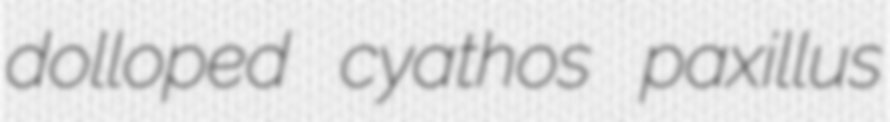
dolloped cyathos paxillus